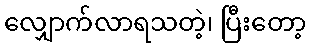
လျှောက်လာရသတဲ့၊ ပြီးတော့